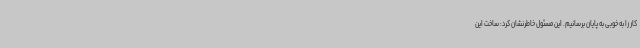
کار را به خوبی به پایان برسانیم. این مسئول خاطرنشان کرد: ساخت این